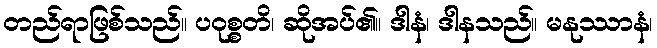
တည်ရာဖြစ်သည်။ ပဝုစ္စတိ၊ ဆိုအပ်၏။ ဒါနံ၊ ဒါနသည်။ မနုဿာနံ၊